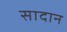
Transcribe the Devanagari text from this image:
सादान